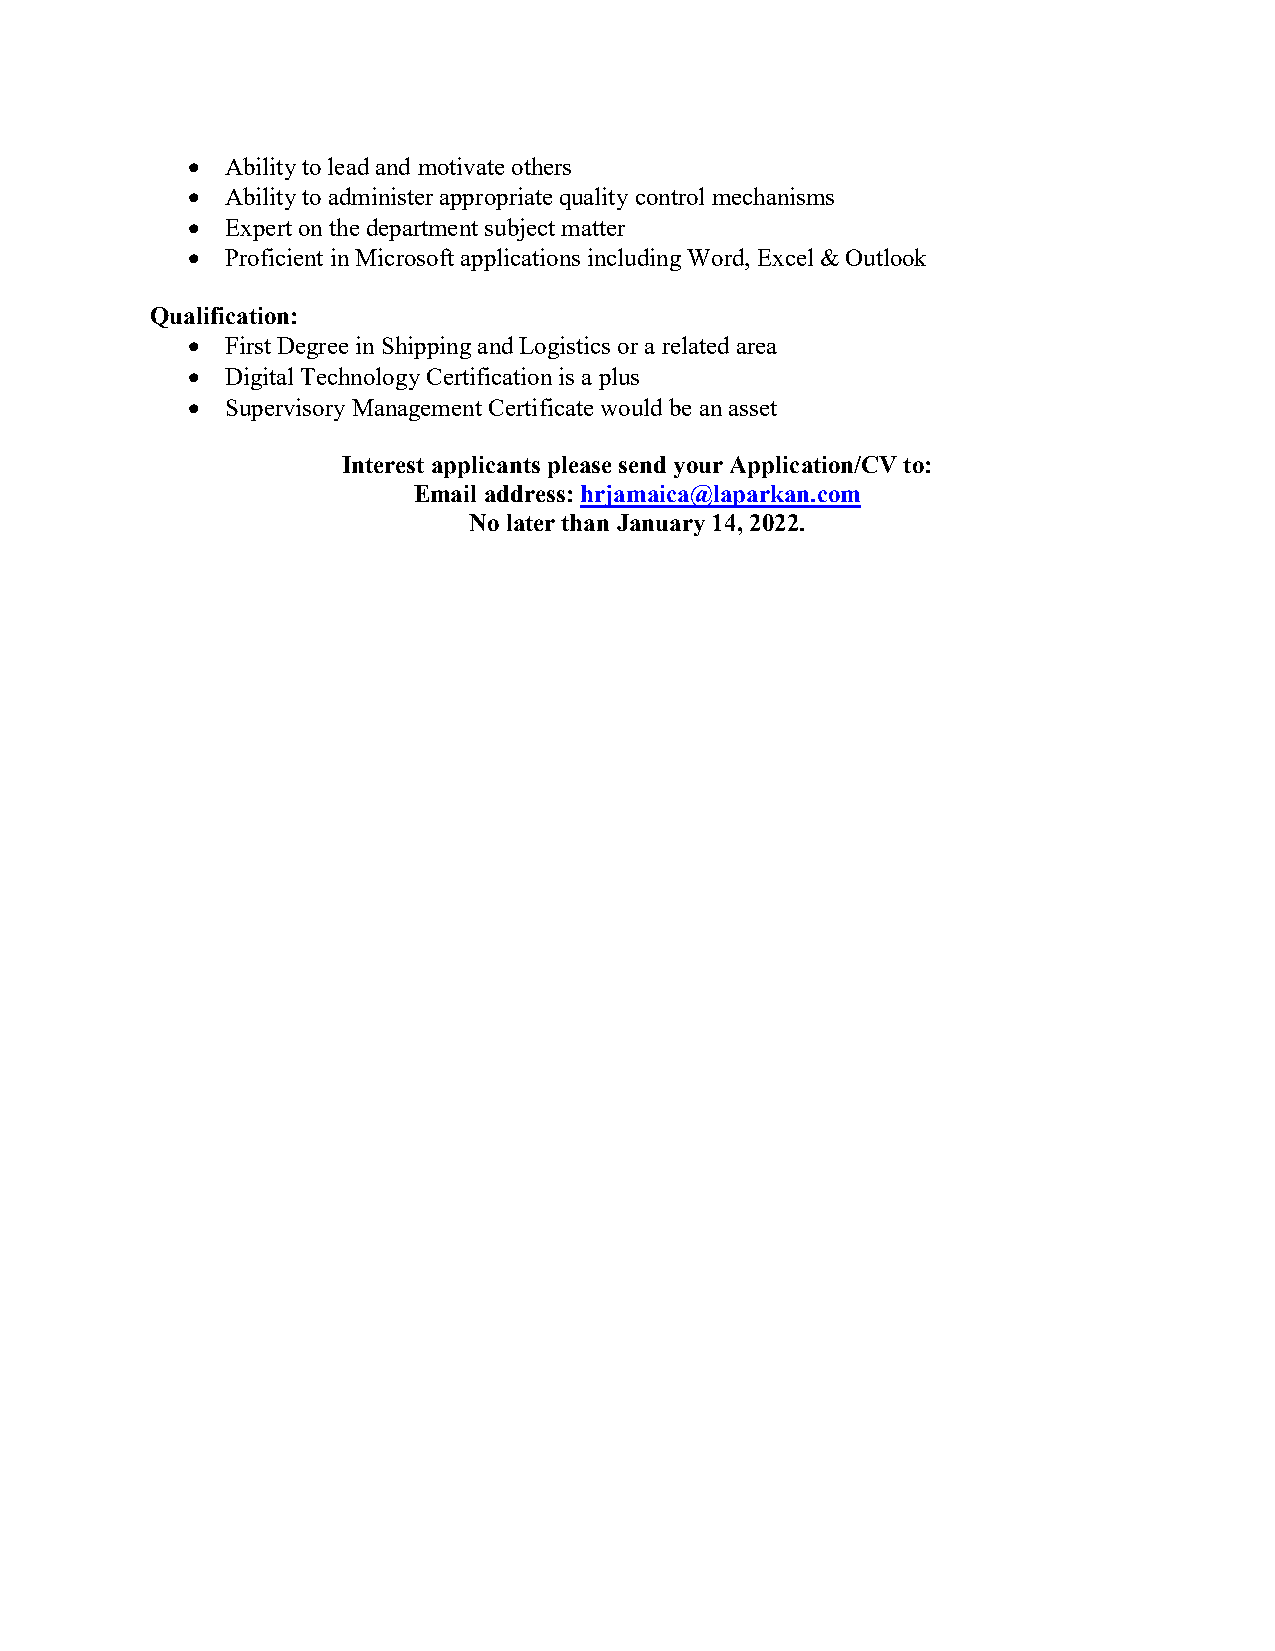
  Ability to lead and motivate others
   Ability to administer appropriate quality control mechanisms
   Expert on the department subject matter
   Proficient in Microsoft applications including Word, Excel & Outlook
 Qualification:
   First Degree in Shipping and Logistics or a related area
   Digital Technology Certification is a plus
   Supervisory Management Certificate would be an asset
 Interest applicants please send your Application/CV to:
 Email address: hrjamaica@laparkan.com
 No later than January 14, 2022.